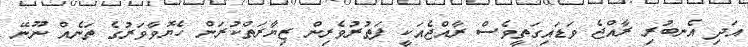
އަދި އެނބުރި ރާއްޖެ ވަޑައިގަތީވެސް ރާއްޖެއަކީ ފަތުރުވެރިން ޒިޔާރަތްކުރަން ހެޔޮވާވަރުގެ ތަނެއް ނޫނޭ